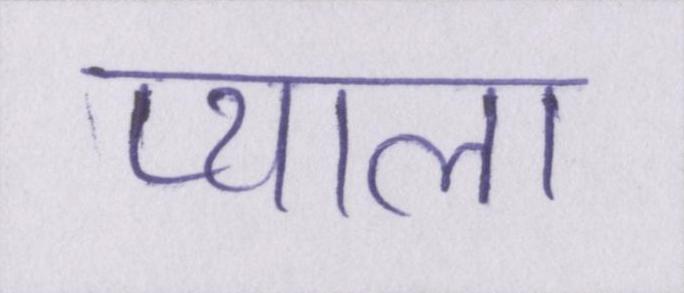
प्याला